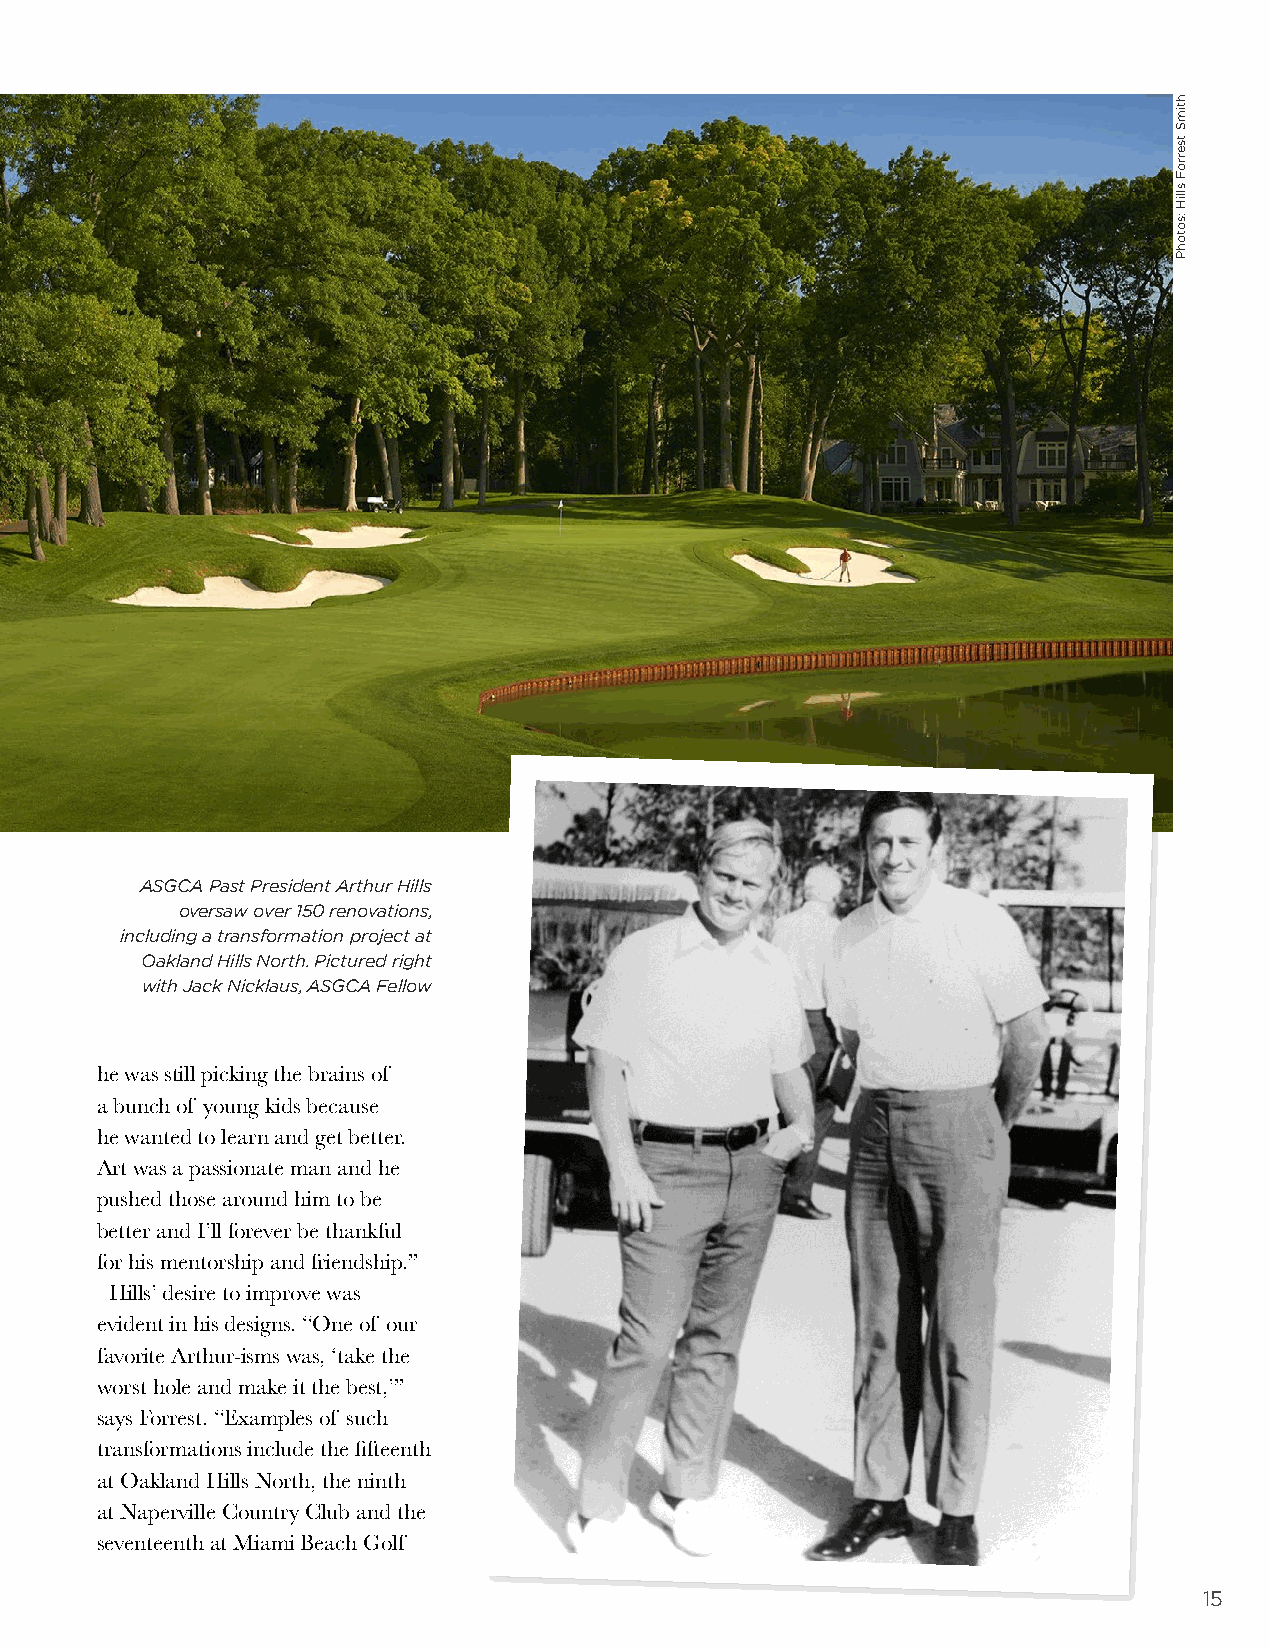
ASGCA Past President Arthur Hills
 oversaw over 150 renovations,
 including a transformation project at
 Oakland Hills North. Pictured right
 with Jack Nicklaus, ASGCA Fellow
 he was still picking the brains of
 a bunch of young kids because
 he wanted to learn and get better.
 Art was a passionate man and he
 pushed those around him to be
 better and I’ll forever be thankful
 for his mentorship and friendship.”
 Hills’ desire to improve was
 evident in his designs. “One of our
 favorite Arthur-isms was, ‘take the
 worst hole and make it the best,’”
 says Forrest. “Examples of such
 transformations include the fifteenth
 at Oakland Hills North, the ninth
 at Naperville Country Club and the
 seventeenth at Miami Beach Golf
 15
 htimS
 tserroF
 slliH
 :sotohP